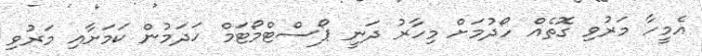
އެމީހާ މަރުވި ގޮތެއް ހޯދުމަށް މިހާރު ދަނީ ޕޯސްޓްމޯޓަމް ހަދަމުން ކަމަށާއި މަރުވި